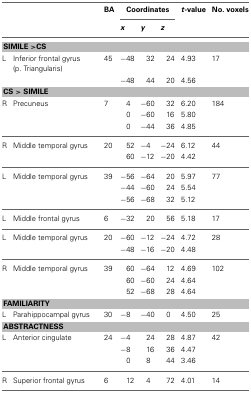
| <COLSPAN=2>  | BA | <COLSPAN=3> Coordinates | t-value | No. voxels |
 | <COLSPAN=2>  |  | x | y | z |  |  |
 | --- | --- | --- | --- | --- | --- | --- | --- |
 | <COLSPAN=8> SIMILE >CS |
 | L | Inferior frontal gyrus (p. Triangularis) | 45 | −48 | 32 | 24 | 4.93 | 17 |
 |  |  |  | −48 | 44 | 20 | 4.56 |  |
 | <COLSPAN=8> CS > SIMILE |
 | R | Precuneus | 7 | 4 | −60 | 32 | 6.20 | 184 |
 |  |  |  | 0 | −60 | 16 | 5.80 |  |
 |  |  |  | 0 | −44 | 36 | 4.85 |  |
 | R | Middle temporal gyrus | 20 | 52 | −4 | −24 | 6.12 | 44 |
 |  |  |  | 60 | −12 | −20 | 4.42 |  |
 | L | Middle temporal gyrus | 39 | −56 | −64 | 20 | 5.97 | 77 |
 |  |  |  | −44 | −60 | 24 | 5.54 |  |
 |  |  |  | −56 | −68 | 32 | 5.12 |  |
 | L | Middle frontal gyrus | 6 | −32 | 20 | 56 | 5.18 | 17 |
 | L | Middle temporal gyrus | 20 | −60 | −12 | −24 | 4.72 | 28 |
 |  |  |  | −48 | −16 | −20 | 4.48 |  |
 | R | Middle temporal gyrus | 39 | 60 | −64 | 12 | 4.69 | 102 |
 |  |  |  | 60 | −60 | 24 | 4.64 |  |
 |  |  |  | 52 | −68 | 28 | 4.64 |  |
 | <COLSPAN=8> FAMILIARITY |
 | L | Parahippocampal gyrus | 30 | −8 | −40 | 0 | 4.50 | 25 |
 | <COLSPAN=8> ABSTRACTNESS |
 | L | Anterior cingulate | 24 | −4 | 24 | 28 | 4.87 | 42 |
 |  |  |  | −8 | 16 | 36 | 4.47 |  |
 |  |  |  | 0 | 8 | 44 | 3.46 |  |
 | R | Superior frontal gyrus | 6 | 12 | 4 | 72 | 4.01 | 14 |